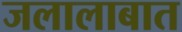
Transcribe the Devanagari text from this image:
जलालाबात